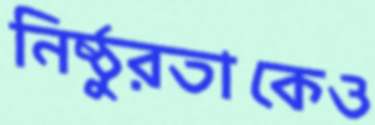
নিষ্ঠুরতাকেও